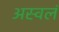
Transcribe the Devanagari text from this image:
अस्वलं